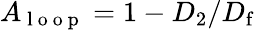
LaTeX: A_{\mathrm{~l~o~o~p~}}=1-D_{2}/D_{\mathrm{f}}